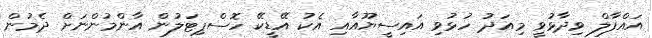
އައްފާލް ވިދާޅުވީ މިއަދު ހުޅުވި އައިސީޔޫއާއި އެކު އޭޑީކޭ ހޮސްޕިޓަލުން އާންމުންނަށް ދެމުން